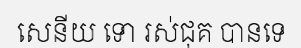
សេនីយ ទោ រស់ជុគ បានទេ